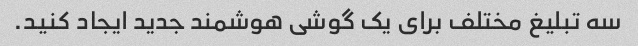
سه تبلیغ مختلف برای یک گوشی هوشمند جدید ایجاد کنید.